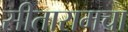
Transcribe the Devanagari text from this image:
सीतारामचा